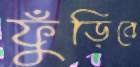
ফুঁড়িবে